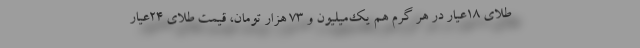
طلای 18عیار در هر گرم هم یک‌میلیون و 73 هزار تومان، قیمت طلای 24عیار